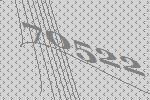
70522